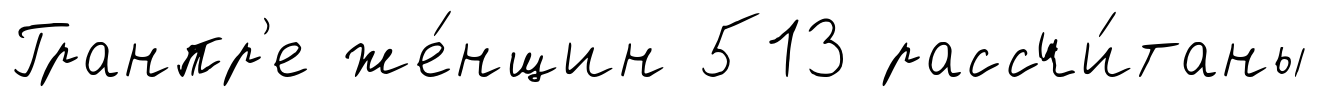
Гранпр'е же́нщин 513 рассчи́таны